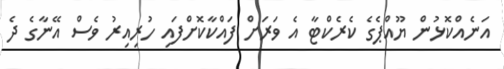
އަނެއްކޮޅުން ޔޫއްޕެގެ ކެރެކްޓާ އެ ވަރަށް ފައްކާކޮށްފައި ހުރިއިރު ވެސް އޭނާގެ ދެ